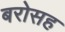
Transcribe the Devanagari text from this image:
बरोसह